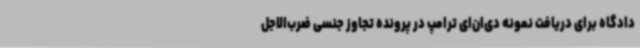
دادگاه برای دریافت نمونه دی‌ان‌ای ترامپ در پرونده تجاوز جنسی ضرب‌الاجل